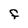
Character: F